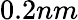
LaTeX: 0.2nm